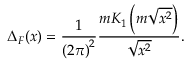
\Delta _ { F } ( x ) = \frac { 1 } { { ( 2 \pi ) } ^ { 2 } } \frac { m K _ { 1 } \left( m \sqrt { x ^ { 2 } } \right) } { \sqrt { x ^ { 2 } } } .